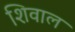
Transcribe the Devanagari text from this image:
शिवाल